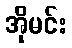
အိုမင်း